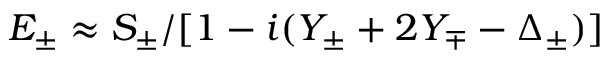
E _ { \pm } \approx S _ { \pm } / [ 1 - i ( Y _ { \pm } + 2 Y _ { \mp } - \Delta _ { \pm } ) ]